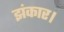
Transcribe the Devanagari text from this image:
झंकार।